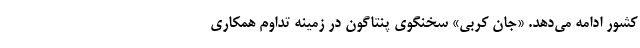
کشور ادامه می‌دهد. «جان کربی» سخنگوی پنتاگون در زمینه تداوم همکاری